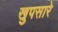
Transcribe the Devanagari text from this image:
खुपसारे